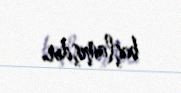
başlamışdır.